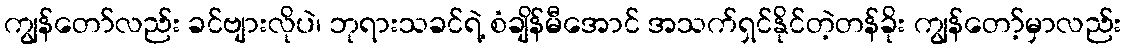
ကျွန်တော်လည်း ခင်ဗျားလိုပဲ၊ ဘုရားသခင်ရဲ့ စံချိန်မီအောင် အသက်ရှင်နိုင်တဲ့တန်ခိုး ကျွန်တော့်မှာလည်း